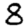
Digit: 8